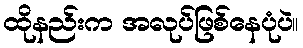
ထိုနည်းက အလုပ်ဖြစ်နေပုံပဲ။